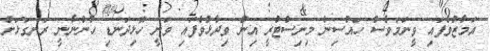
އަމާޒުވެފައި ވީނަމަވެސް ހައުސިން މިނިސްޓްރީ އިން ވިދާޅުވެފައި ވަނީ ހޮޅިދަނޑި ހުންނާނީ ރަނގަޅަށް